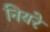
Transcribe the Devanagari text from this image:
नियरे